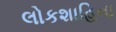
લોકશાહિના